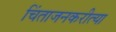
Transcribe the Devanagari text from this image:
चिंताजनकरीत्या